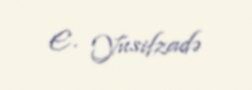
E. Yusifzadə